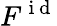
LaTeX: F^{\mathrm{~i~d~}}